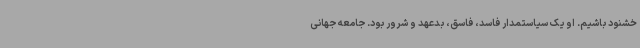
خشنود باشیم. او یک سیاستمدار فاسد، فاسق، بدعهد و شرور بود. جامعه جهانی